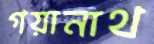
গয়ানাথ